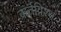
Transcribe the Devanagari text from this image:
कर्तव्निश्थ